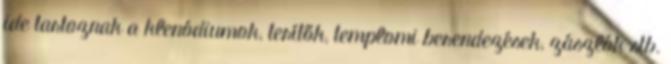
ide tartoznak a klenódiumok, terítők, templomi berendezések, zászlók stb.